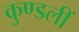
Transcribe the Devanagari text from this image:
कुण्डलीं